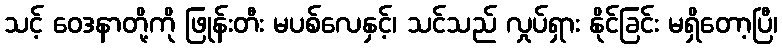
သင့် ဝေဒနာတို့ကို ဖြုန်းတီး မပစ်လေနှင့်၊ သင်သည် လှုပ်ရှား နိုင်ခြင်း မရှိတော့ပြီ၊